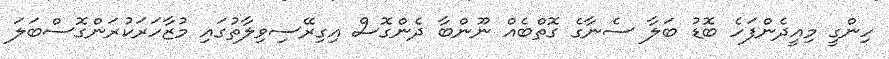
ހިންގީ މިއީދެންފަހެ ބޮޑު ބަލާ ސެނާގެ ގޮތްބެއް ނޫންބާ ދެންގޮސް އިގިރޭސިވިލާތުގައި މުޒާހަރަކުރަންގޮސްބަލަ